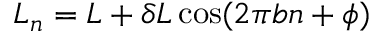
L _ { n } = L + \delta L \cos ( 2 \pi b n + \phi )